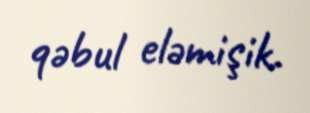
qəbul eləmişik.